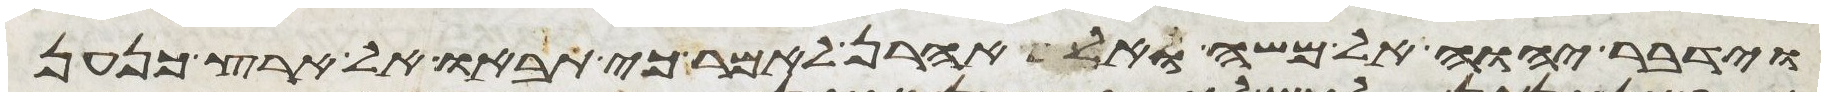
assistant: וידבר יהוה אל משה ואל אהרן לאמר כי תבאו אל ארץ כנען